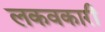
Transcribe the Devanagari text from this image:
लकवकारी